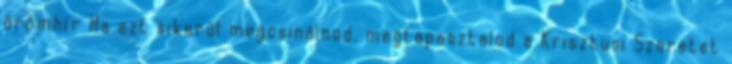
örömhír Ha ezt sikerül megcsinálnod, megtapasztalod a Krisztusi Szeretet